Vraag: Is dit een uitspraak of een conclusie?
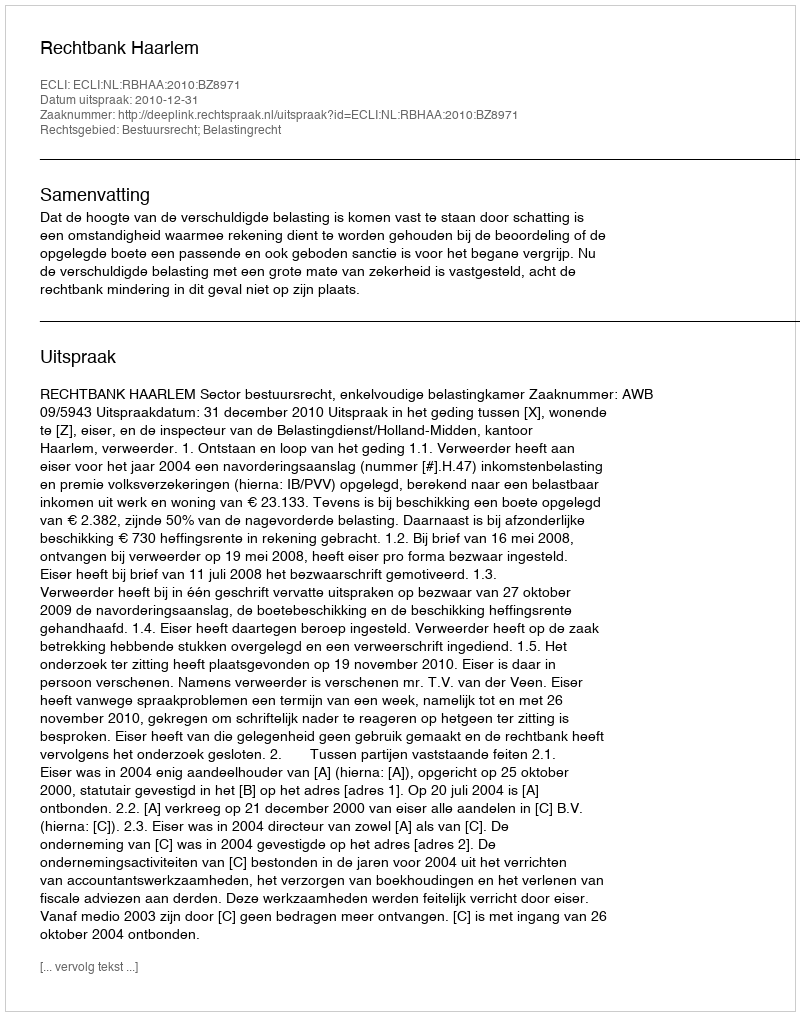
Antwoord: Uitspraak